Scottish Leaving Certificate Examination, 1959
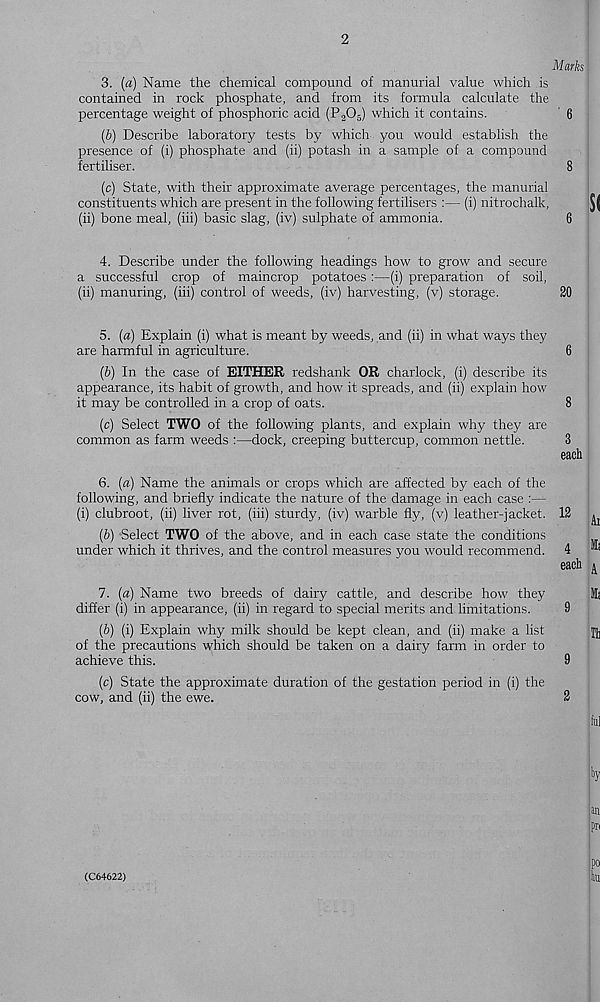
2
Marks j
3. (a) Name the chemical compound of manurial value which is
contained in rock phosphate, and from its formula calculate the
percentage weight of phosphoric acid (P 2 0 5 ) which it contains.
' 6
(b) Describe laboratory tests by which you would establish the
presence of (i) phosphate and (ii) potash in a sample of a compound
fertiliser.
8
(c) State, with their approximate average percentages, the manurial
constituents which are present in the following fertilisers :— (i) nitrochalk,
: $(
(ii) bone meal, (iii) basic slag, (iv) sulphate of ammonia.
6
4. Describe under the following headings how to grow and secure
a successful crop of maincrop potatoes:—(i) preparation of soil,
(ii) manuring, (iii) control of weeds, (iv) harvesting, (v) storage.
20
5. (a) Explain (i) what is meant by weeds, and (ii) in what ways they
are harmful in agriculture.
6
(b) In the case of EITHER redshank OR charlock, (i) describe its
appearance, its habit of growth, and how it spreads, and (ii) explain how
it may be controlled in a crop of oats.
8
(c) Select TWO of the following plants, and explain why they are
common as farm weeds :—dock, creeping buttercup, common nettle.
3
each
6. (a) Name the animals or crops which are affected by each of the
following, and briefly indicate the nature of the damage in each case :—
(i) clubroot, (ii) liver rot, (iii) sturdy, (iv) warble fly, (v) leather-jacket. 12 ^
(b) Select TWO of the above, and in each case state the conditions
under which it thrives, and the control measures you would recommend. 4
each ^
7. (a) Name two breeds of dairy cattle, and describe how they
Mi
differ (i) in appearance, (ii) in regard to special merits and limitations.
9
(b) (i) Explain why milk should be kept clean, and (ii) make a list
u
of the precautions which should be taken on a dairy farm in order to
achieve this.
9
(c) State the approximate duration of the gestation period in (i) the
cow, and (ii) the ewe.
2
ful
b y
an
pn
(C64622)
?0
hu